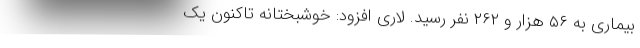
بیماری به ۵۶ هزار و ۲۶۲ نفر رسید. لاری افزود: خوشبختانه تاکنون یک